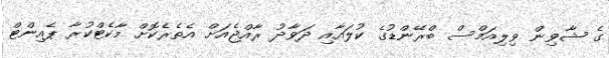
ގެ ޝާވިން ވިލިއަމްސް ބްރޭންޑުގެ ކުލައާއި ދަވާދު ރާއްޖެއަަށް އެތެރެކޮށް މާކެޓްކުރާ ޕެއިންޓް